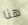
هنا